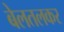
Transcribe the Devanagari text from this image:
बेलतलकर